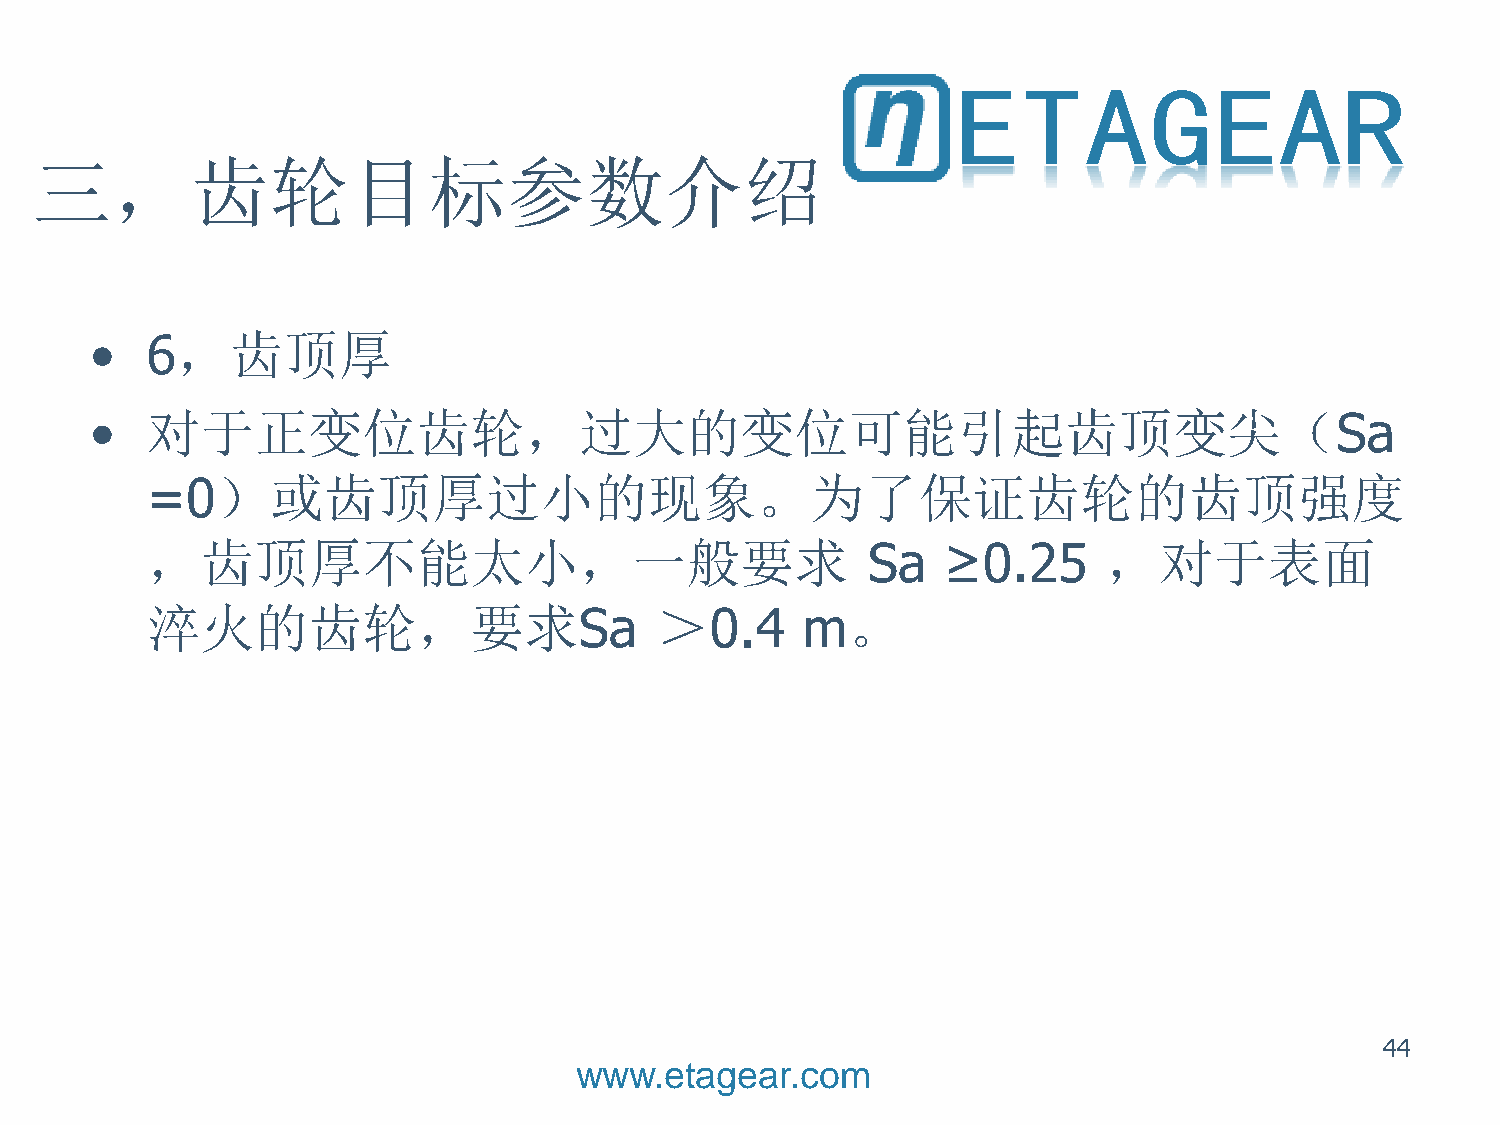
三，齿轮目标参数介绍
 •   6，齿顶厚
 •   对于正变位齿轮，过大的变位可能引起齿顶变尖（Sa
 =0）或齿顶厚过小的现象。为了保证齿轮的齿顶强度
 ，齿顶厚不能太小，一般要求                                  Sa   ≥0.25      ，对于表面
 淬火的齿轮，要求Sa                       ＞0.4      m。
 44
 www.etagear.com